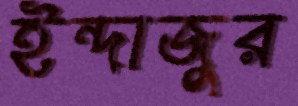
ইন্দাজুর